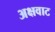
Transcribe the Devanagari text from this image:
अक्षवाट